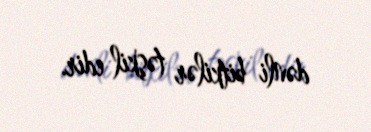
dənli bitkilər təşkil edir.